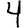
Digit: 4